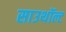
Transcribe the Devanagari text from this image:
साउथॉल्ट